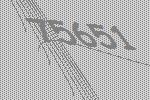
75651